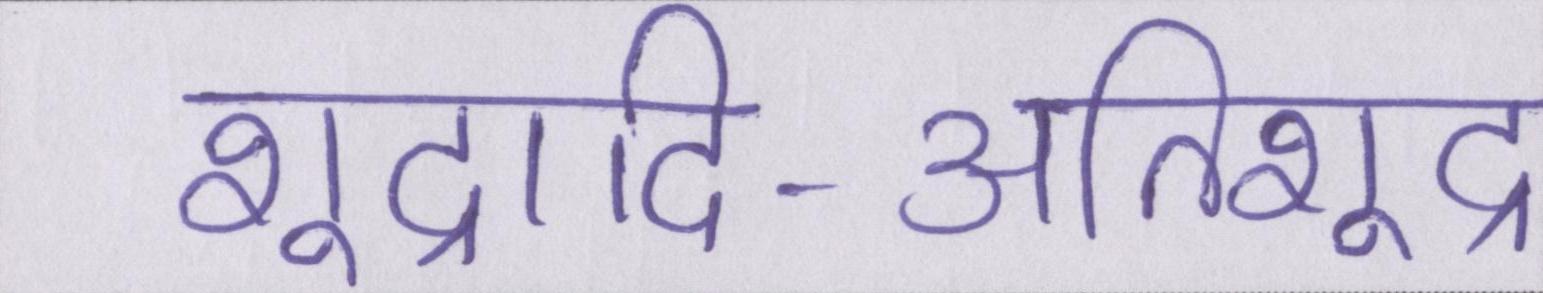
शूद्रादि-अतिशूद्र